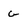
Character: G